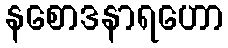
နစောဒနာရဟော